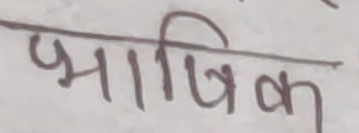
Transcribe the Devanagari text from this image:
भाषिक